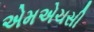
એમએચસી